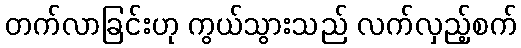
တက်လာခြင်းဟု ကွယ်သွားသည် လက်လှည့်စက်